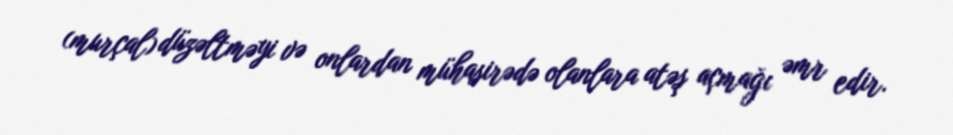
(murçal) düzəltməyi və onlardan mühasirədə olanlara atəş açmağı əmr edir.